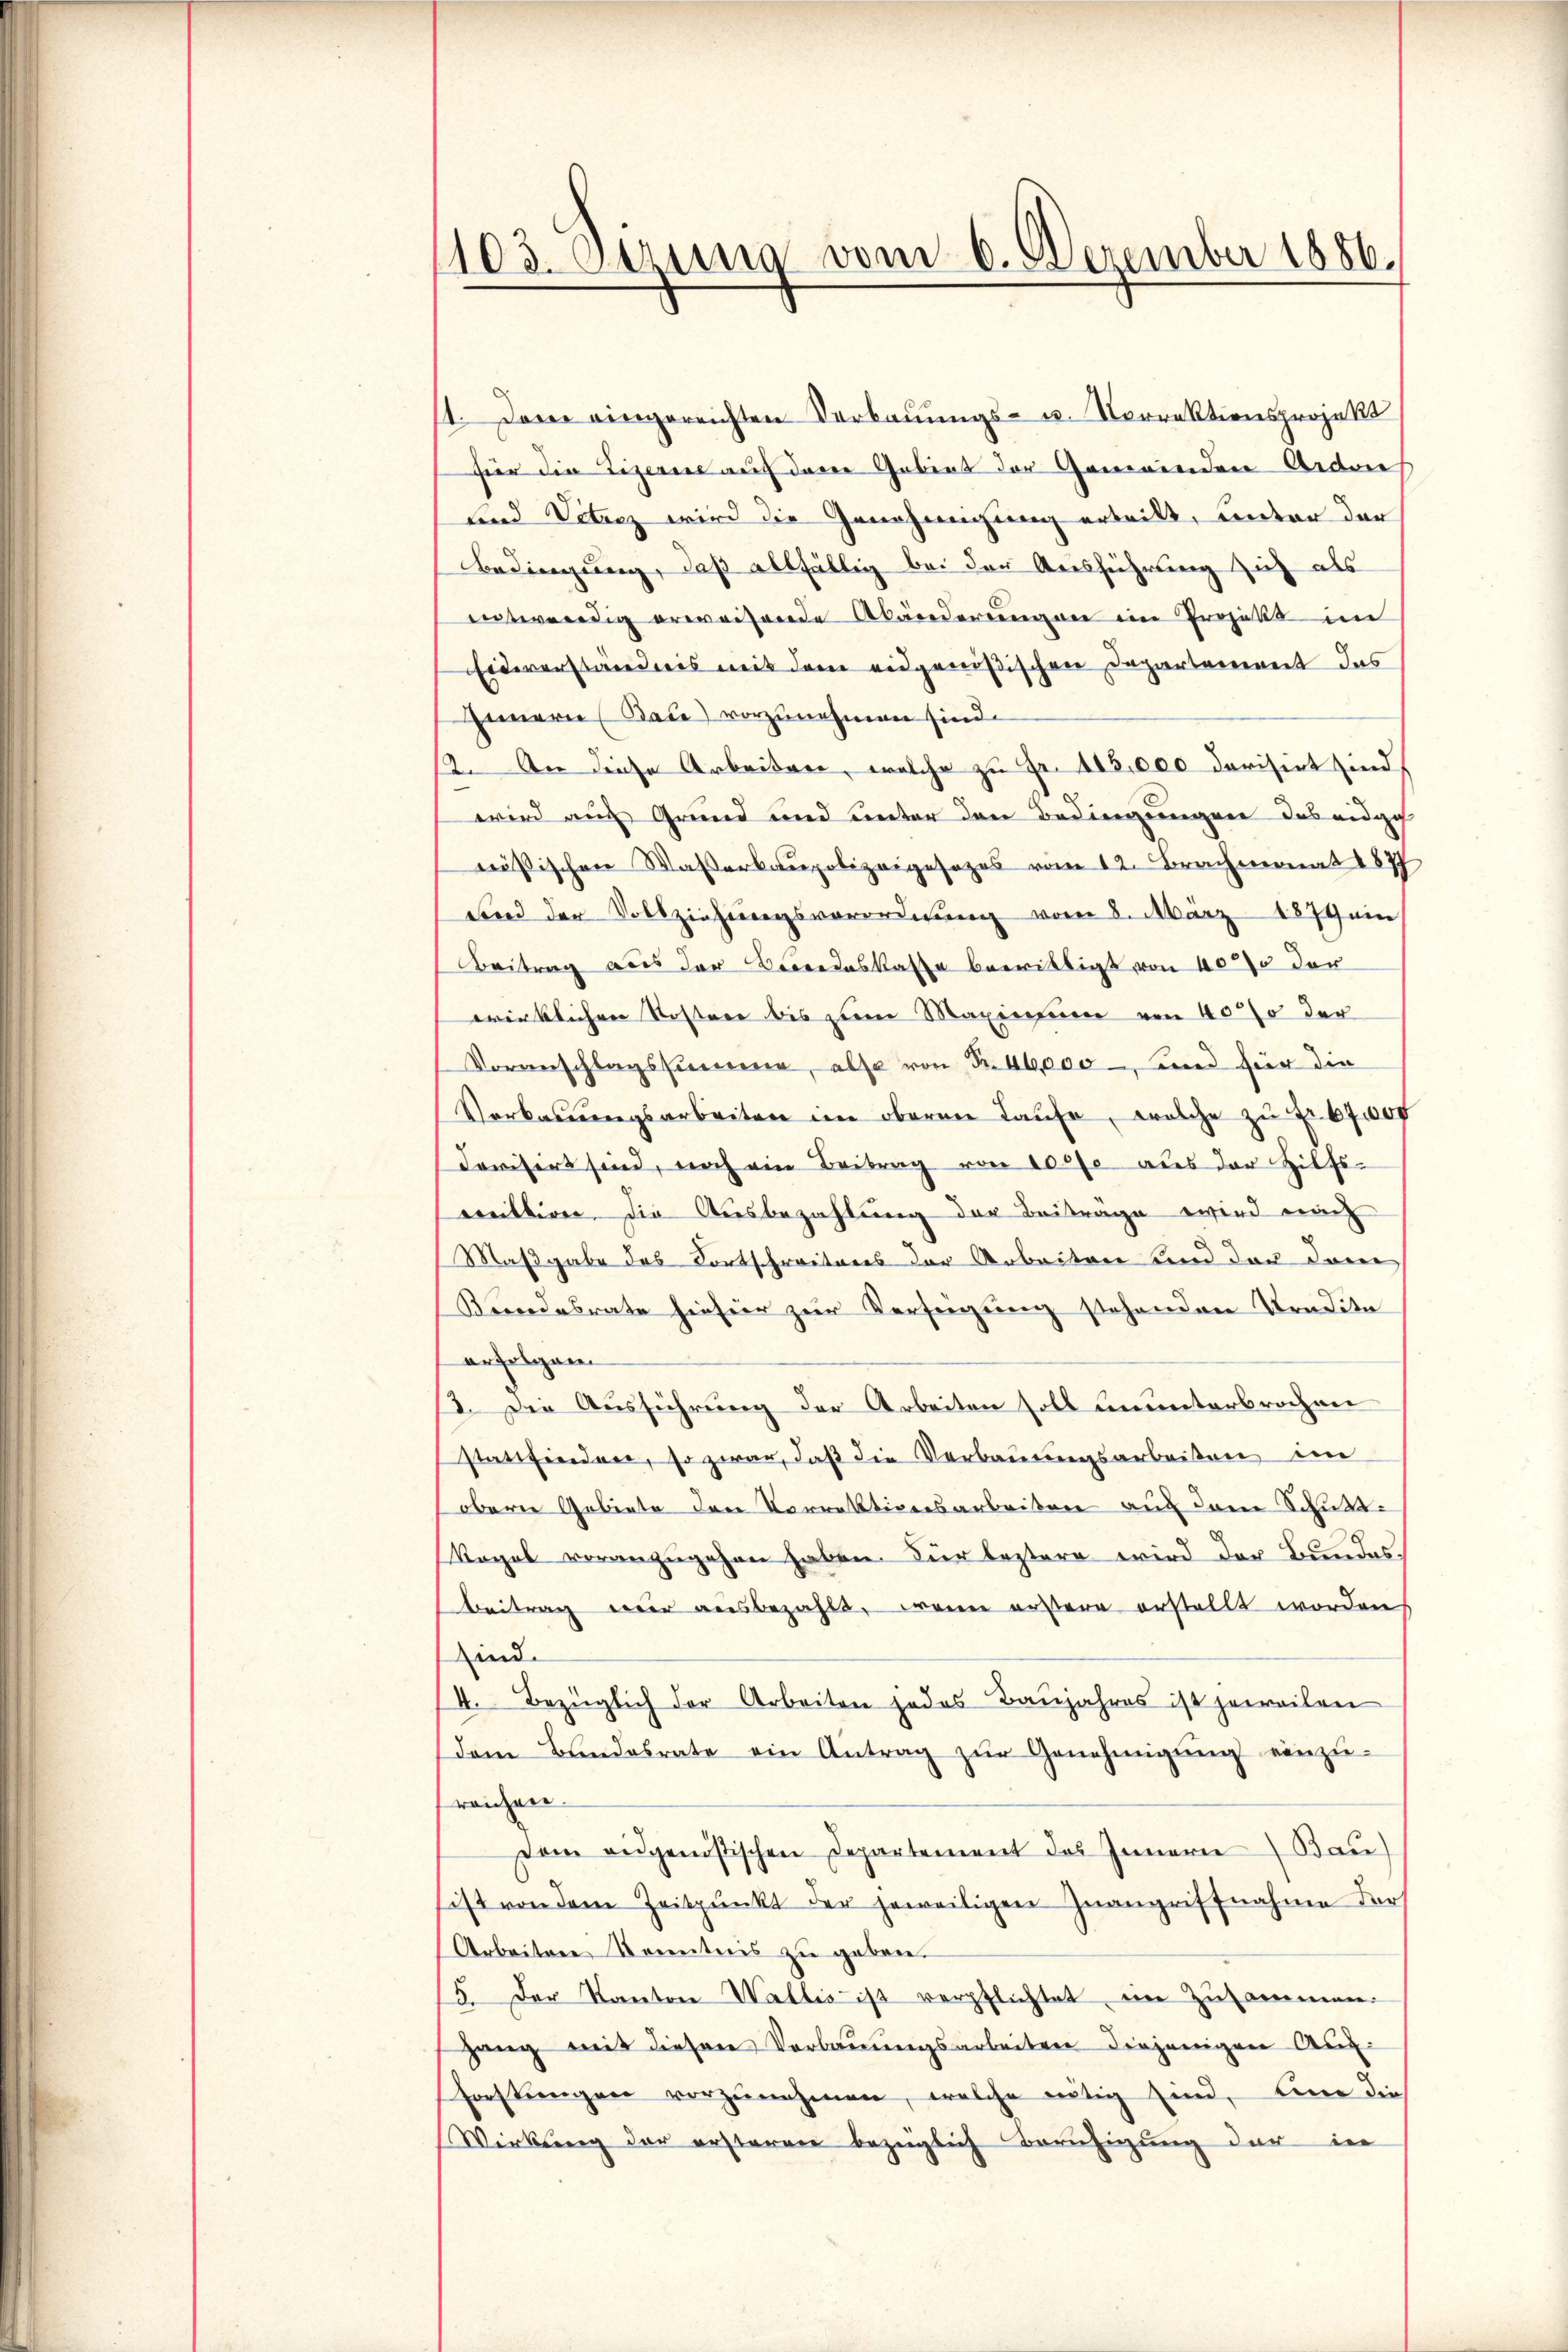
1103. Sitzung vom 6. Dezember 1886.

1. Der eingereichten Verbauungs- u. Vorrektionsprojekt
hier die Tizerine auf dene Gebiet der Gemeinden Ardon
und Vetenz wird die Genehmigung ertritt, unter der
Bedingung, daß allfällig bei der Ausführung sich als
entwendig erweisende Abänderungen im Projekt im
Eideverständnis mit dem eidgenößischen Departement das
Innern Bau) vorzunehmen sind.
12. An diese Arbeiten, welche zu Fr. 415,000 dorisirt sind,
wird auf Grund und unter den Bedingungen das eidgeh
nößischen Wasserbaupolizeigesezes vom 12. Brachmonat 1877
sind der Vollziehungsverordnung vom 8. März 1879 ein
Beitrag aus der Beendeskasse bewilligt von 40% der
wirklichen Kostere bis zum Maximum von 40% der
Voranschlagssumme, also von Fr. 46000 - und für die
Verkasŭngsarbeiten im oberen Laufe, welche zŭ Fr. 67000
dovisirt sind, noch ein Beitrag von 100f aus der Hilfs-
weittiren, die Ausbezahlung der Beiträge wird nach
Maßgabe des Fortschreitens der Arbeiten und der dam
Kundesrate hiefür zur Verfügung stehenden Tradita
erfolgen
3. Die Ausführung der Arbeiten soll ununterbrochen
stattfinden, so zwar, daß die Verbauungsarbeiten im
obern Gebiete den Vorrektionsarbeiten auf dem Schuld-
Regel voranzugehen haben. Dir leztern wird der Bundes¬
Beitrag wir ausbezahlt, wenn erstere erstellt worden
sind.
4. Bezüglich der Arbeiten jedes Baŭjahres ist jeweilen
dem Bundesrate ein Antrag zŭr Genehmigŭng einzu-
reichen.
Dem eidgenössischen Departement des Innern Bau)
list von dem Zeitpunkt der jeweiligen Zwangriffnahme der
Arbeitere Kenntnis zu geben.
5. Der Kanton Wallis ist verpflichtet ein Zusammen.
gang mit diesen Verbauungsarbeiten diejenigen Auf¬
Forstungen vorzŭnehmen, welche nötig sind, eine dies
Wirkung der ersteren bezüglich Beruhigung der in